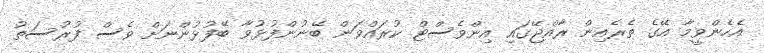
އެހެންވީމާ އޭގެ ތެރެއިން ރާއްޖޭގައި އިންވެސްޓް ކުރައްވަން ބޭނުންފުޅުވާ ބޭފުޅުންނަށް ވެސް ފުރުސަތު